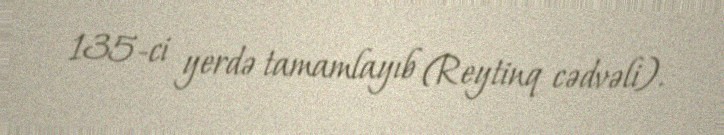
135-ci yerdə tamamlayıb (Reytinq cədvəli).